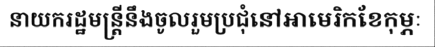
នាយករដ្ឋមន្ត្រីនឹងចូលរួមប្រជុំនៅអាមេរិកខែកុម្ភៈ